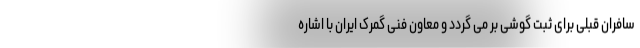
سافران قبلی برای ثبت گوشی بر می گردد و معاون فنی گمرک ایران با اشاره